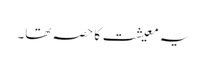
یہ معیشت کا حصہ تھا۔